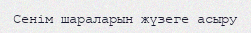
Сенім шараларын жүзеге асыру